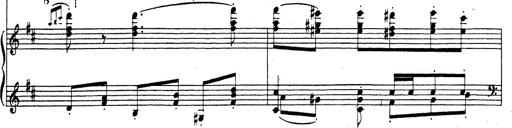
Title: Rhapsodie espagnole
Composer: Franz Liszt